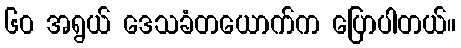
၆၀ အရွယ် ဒေသခံတယောက်က ပြောပါတယ်။